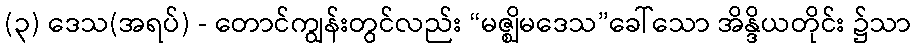
(၃) ဒေသ(အရပ်) - တောင်ကျွန်းတွင်လည်း “မဇ္ဈိမဒေသ”ခေါ်သော အိန္ဒိယတိုင်း ၌သာ